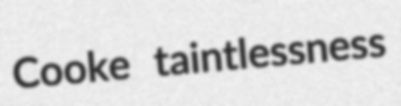
Cooke taintlessness